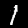
Label: 1